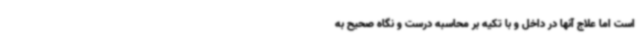
است اما علاج آنها در داخل و با تکیه بر محاسبه درست و نگاه صحیح به